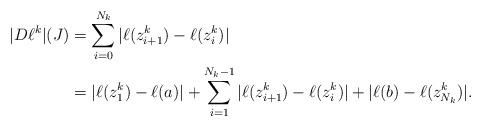
LaTeX: \begin{align*}|D\ell^{k}| (J) &= \sum_{i=0}^{N_{k}} | \ell (z_{i+1}^{k}) - \ell (z_{i}^{k})| \\&= | \ell(z_{1}^{k}) - \ell(a) | + \sum_{i=1}^{N_{k}-1} | \ell (z_{i+1}^{k}) - \ell (z_{i}^{k} )|+| \ell(b) - \ell(z_{N_{k}}^{k})|. \end{align*}